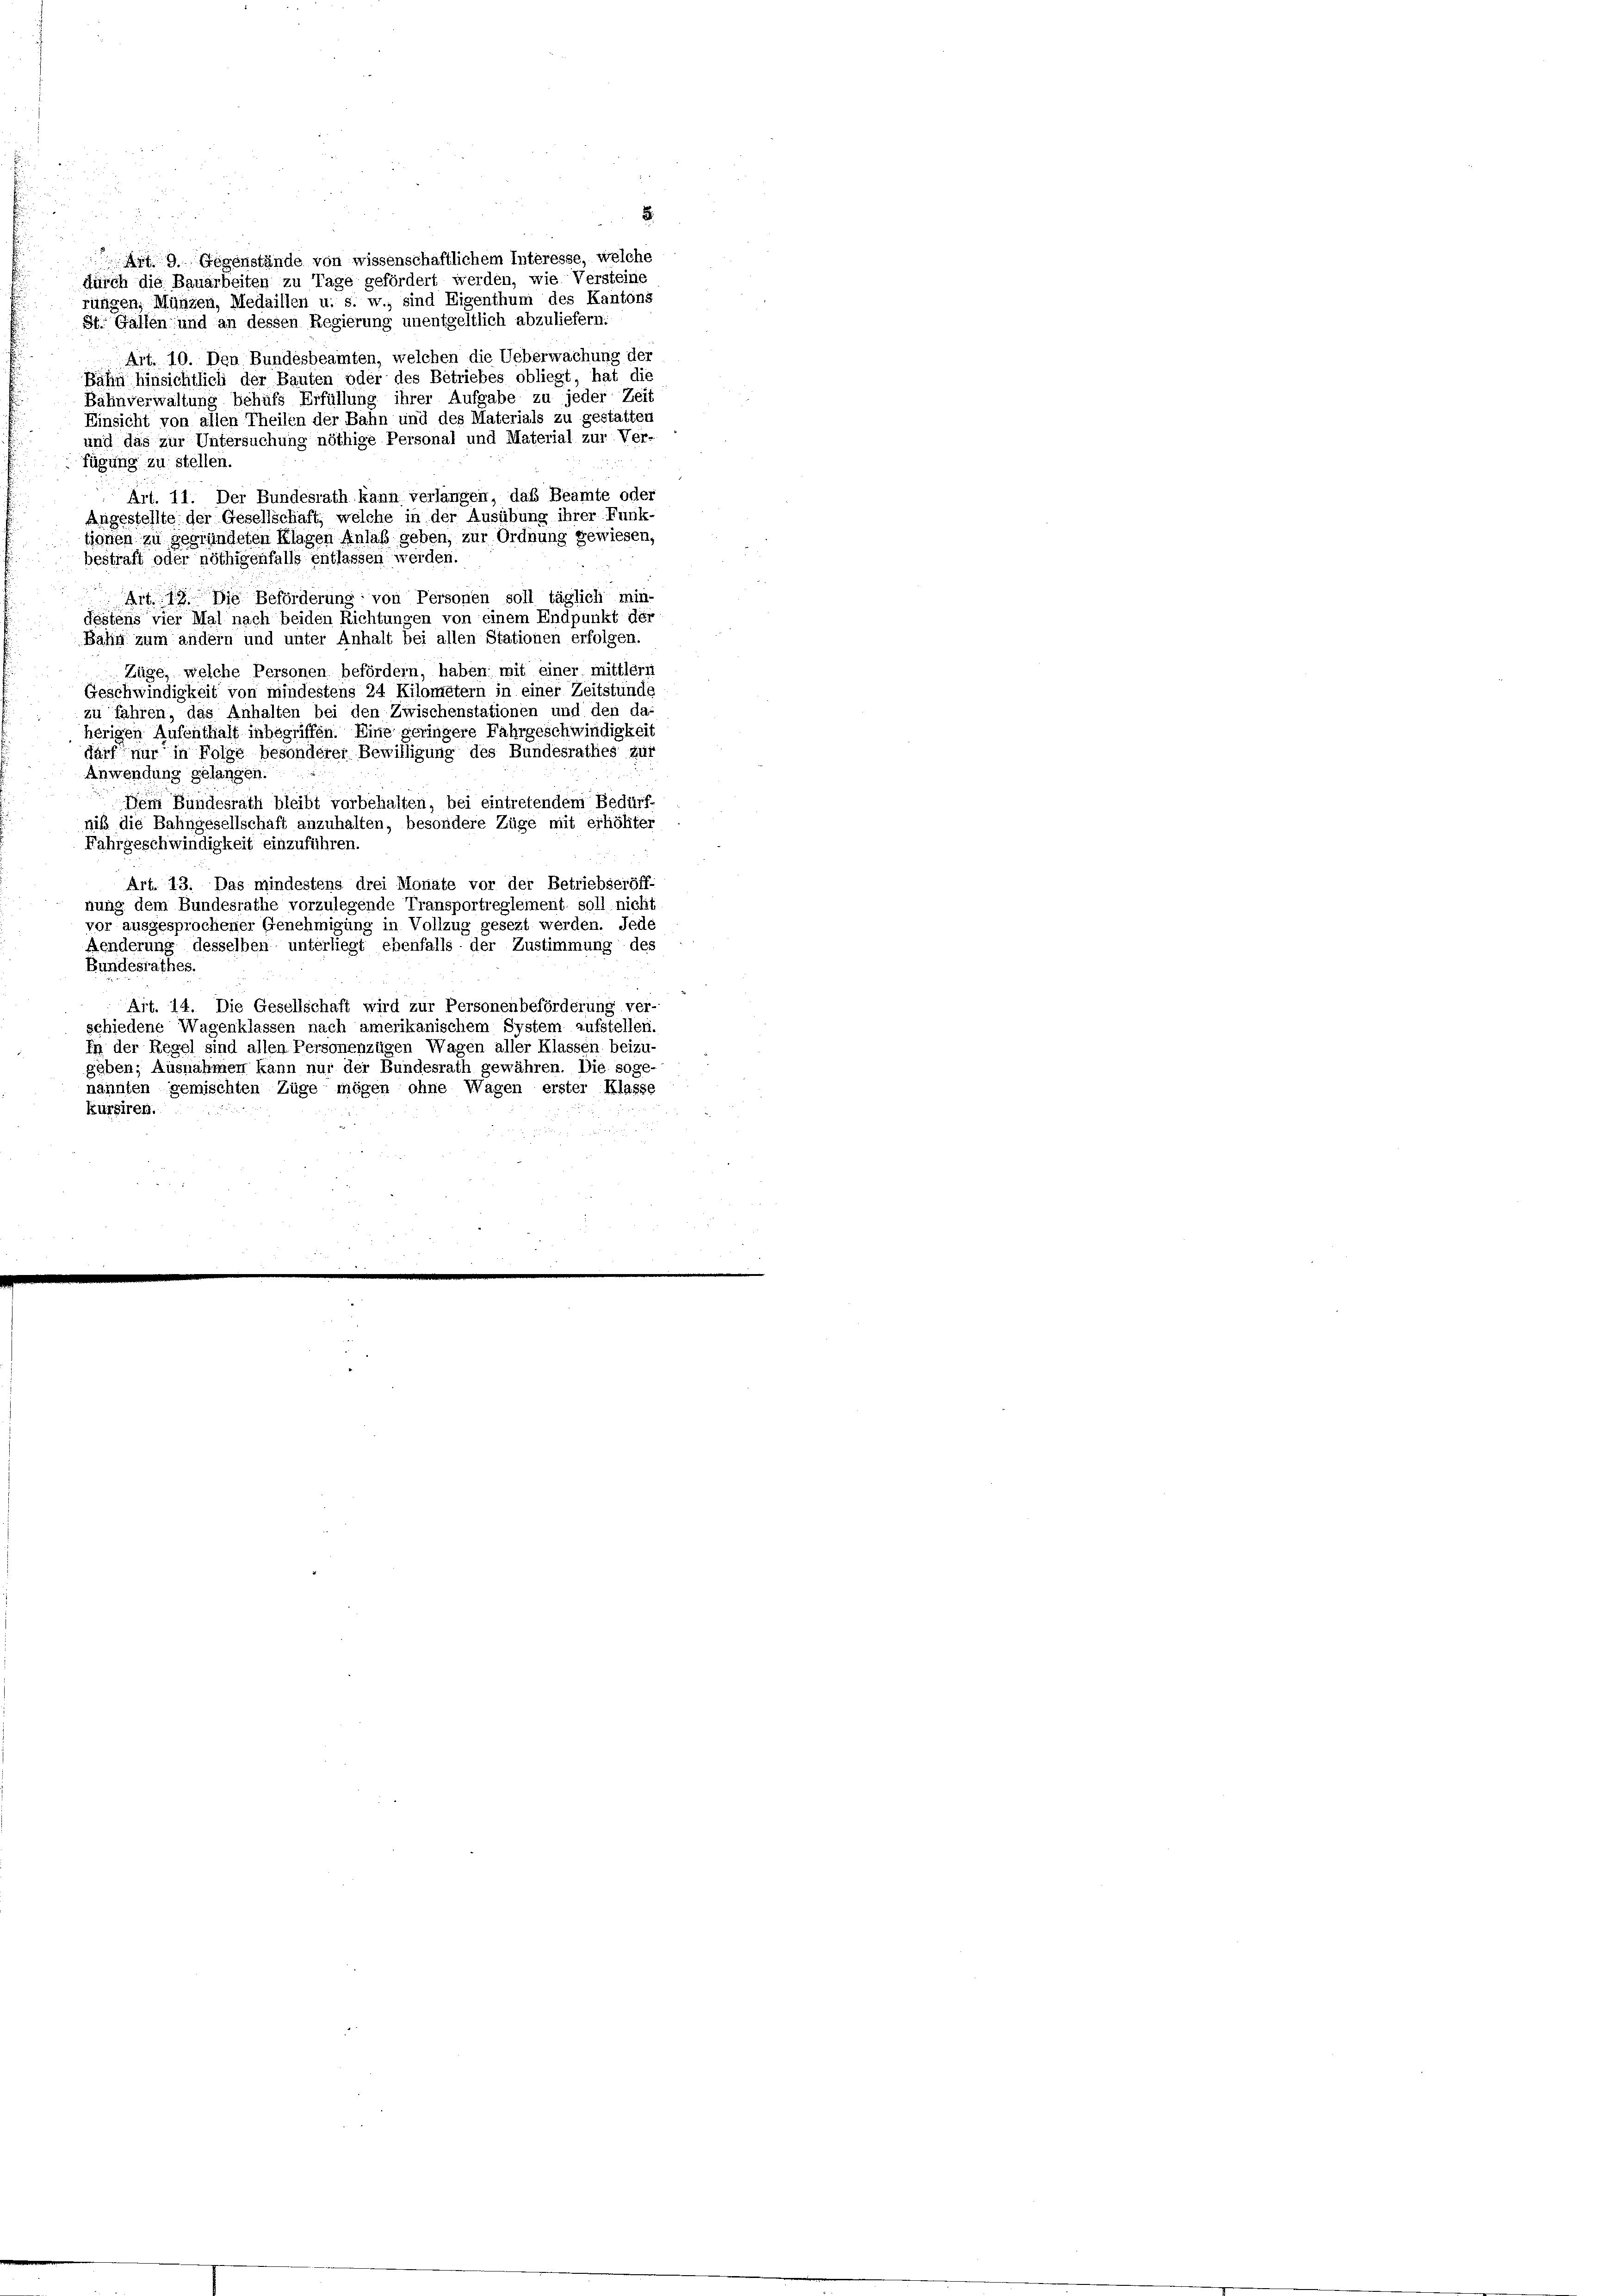
Af 9 Gegenstände von wissenschaftlichem Interesse, welche
durch die Bauarbeiten zu Tage gefördert werden, wie Versteine
rünigen, Münzen, Medaillen u. s. w., sind Eigenthum des Kantons
St. Gallen und an dessen Regierung unentgeltlich abzuliefern:
Art. 10. Den Bundesbeamten, welchen die Ueberwachung der
Bahn hinsichtlich der Bauten oder des Betriebes obliegt, hat die

.

Bahnverwaltung behufs Erfüllung ihrer Aufgabe zu jeder Zeit
Einsicht von allen Theilen der Bahn und des Materials zu gestatten
und das zur Untersuchung nöthige Personal und Material zur Ver-
fügung zu stellen.
Art. 11. Der Bundesrath kann verlängen, das Beamte oder
Angestellte der Gesellschaft, welche in der Ausübung ihrer Funk-
tionen zu gegründeten Klagen Anlaß geben, zur Ordnung gewiesen,
bestraft oder nöthigenfalls entlassen werden.
Art. 19. Die Beförderung von Personen soll täglich min-
Festens vier Mal nach beiden Richtungen von einem Endpunkt der
Bahn zum andern und unter Anhalt bei allen Stationen erfolgen.
Züge, welche Personen befördern, haben mit einer mittleri
Geschwindigkeit von mindestens 24 Kilometern in einer Zeitstünde
zu fahren, das Anhalten bei den Zwischenstationen und den da-
herigen Aufenthalt inbegriffen. Eine geringere Fahrgeschwindigkeit
darf nur in Folge besonderer Bewilligung des Bundesrathes zur
Anwendung gelangen.
Dem Bundesrath bleibt vorbehalten, bei eintretendem Bedürf-
niß die Bahngesellschaft anzuhalten, besondere Züge mit erlichter
Fahrgeschwindigkeit einzuführen.
Art. 13. Das mindestens drei Monate vor der Betriebseröff-
nung dem Bundesrathe vorzulegende Transportreglement soll nicht
vor ausgesprochener Genehmigung in Vollzug gesezt werden. Jede
Aenderung desselben unterliegt ebenfalls der Zustimmung des
Bundesrathes.
Ait. 14. Die Gesellschaft wird zur Personenbeförderung ver-
schiedene Wagenklassen nach amerikanischem System aufstellen.
In der Regel sind allen Personenzügen Wagen aller Klassen beizu-
geben; Ausnahmen kann nur der Bundesrath gewähren. Die soge-
nannten gemischten Züge mögen ohne Wagen erster Klasse
kursiren.